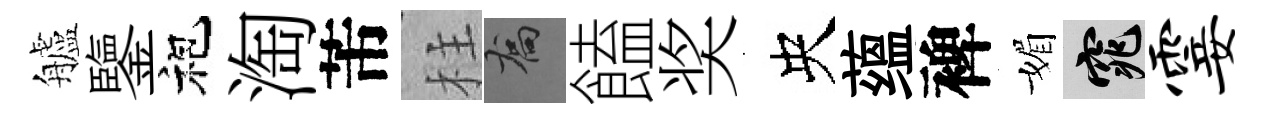
艫鑒袍淘芾柱喬饁奖央蕴裨媚窕霎